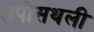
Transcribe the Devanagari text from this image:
तपोसथली